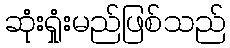
ဆုံးရှုံးမည်ဖြစ်သည်